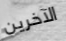
الآخرين